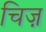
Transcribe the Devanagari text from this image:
चिज़